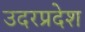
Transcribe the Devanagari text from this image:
उदरप्रदेश